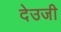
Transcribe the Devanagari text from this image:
देउजी